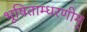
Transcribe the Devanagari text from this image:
भूषिताम्धरणीम्